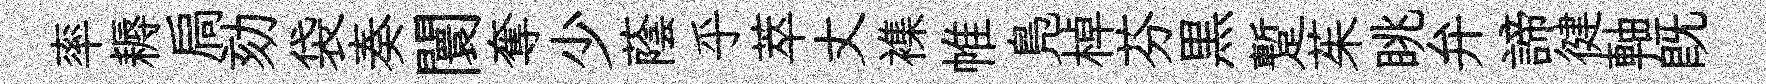
率耨扃劾袋奏闤奪少蔭乎萃丈襍帷鳬棹芬黒蹔茱眺弁諦徤軸旣